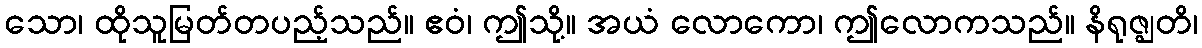
သော၊ ထိုသူမြတ်တပည့်သည်။ ဧဝံ၊ ဤသို့။ အယံ လောကော၊ ဤလောကသည်။ နိရုဇ္ဈတိ၊